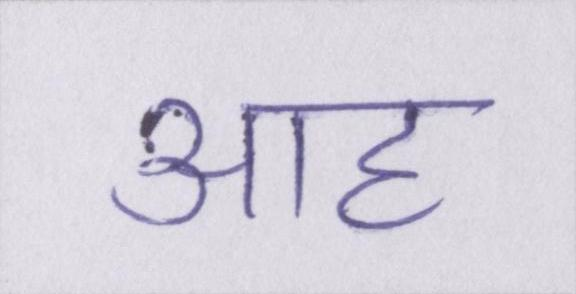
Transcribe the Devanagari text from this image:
आह